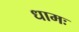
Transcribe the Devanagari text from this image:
धामः